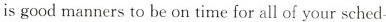
is good manners to be on time for all of your sched